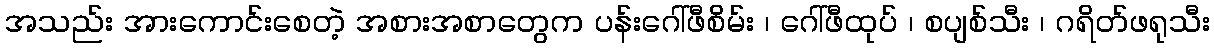
အသည်း အားကောင်းစေတဲ့ အစားအစာတွေက ပန်းဂေါ်ဖီစိမ်း ၊ ဂေါ်ဖီထုပ် ၊ စပျစ်သီး ၊ ဂရိတ်ဖရုသီး